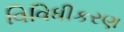
વિવિધીકરણ